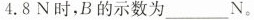
4.8N时，B的示数为___N。